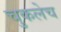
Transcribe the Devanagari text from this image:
चुकलेच